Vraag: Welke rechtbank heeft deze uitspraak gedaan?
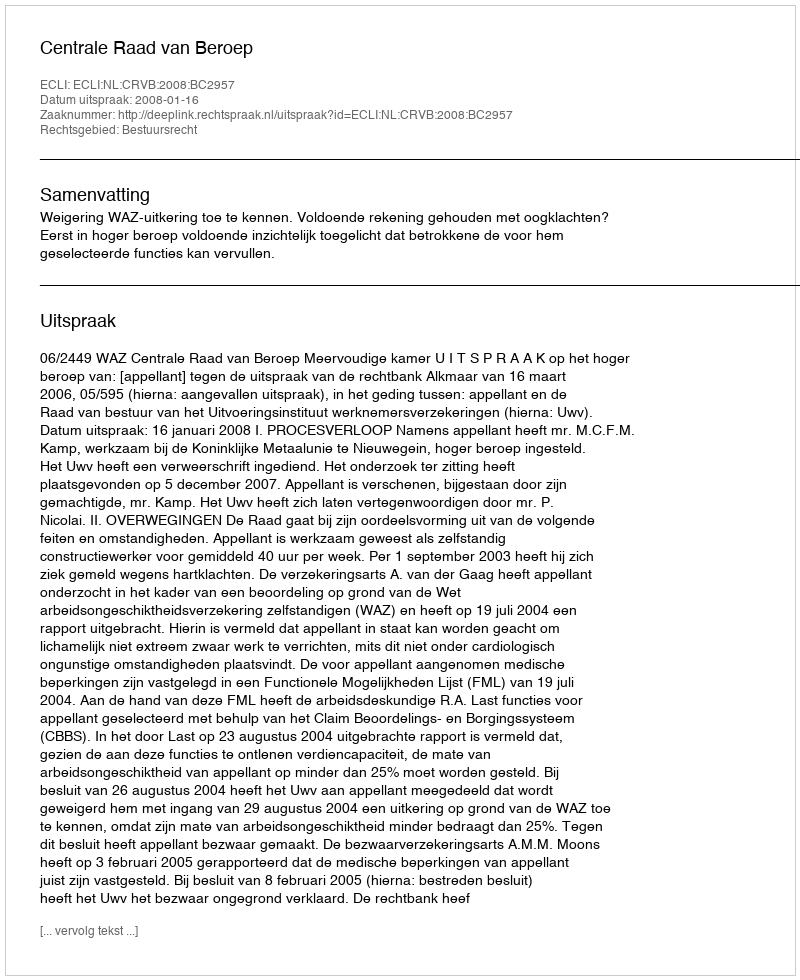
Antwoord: Centrale Raad van Beroep